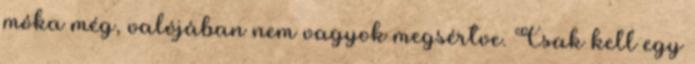
móka még, valójában nem vagyok megsértve. Csak kell egy